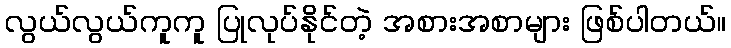
လွယ်လွယ်ကူကူ ပြုလုပ်နိုင်တဲ့ အစားအစာများ ဖြစ်ပါတယ်။